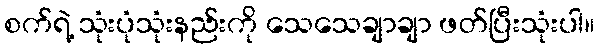
စက်ရဲ့ သုံးပုံသုံးနည်းကို သေသေချာချာ ဖတ်ပြီးသုံးပါ။